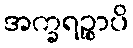
အက္ခရဉ္စာပိ